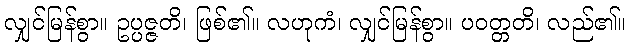
လျှင်မြန်စွာ။ ဥပ္ပဇ္ဇတိ၊ ဖြစ်၏။ လဟုကံ၊ လျှင်မြန်စွာ။ ပဝတ္တတိ၊ လည်၏။